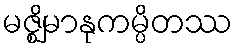
မဇ္ဈိမာနုကမ္ပိတဿ